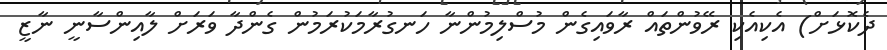
ދެކޮޅަށް) އެކިއެކި ރޭވުންތައް ރާވައިގެން މުސްލިމުންނާ ހަނގުރާމަކުރަމުން ގެންދާ ވަރަށް ލާއިންސާނީ ނާޒީ